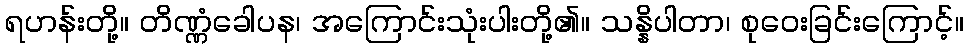
ရဟန်းတို့။ တိဏ္ဏံခေါပန၊ အကြောင်းသုံးပါးတို့၏။ သန္နိပါတာ၊ စုဝေးခြင်းကြောင့်။